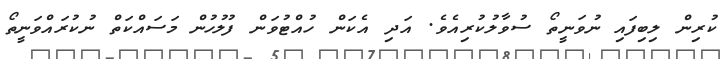
ކުރިން ލިބިފައި ނުވަނީތޯ ސުވާލުކުރިއެވެ. އަދި އެކަން ހުއްޓުވަން ފުލުހުން މަސައްކަތް ނުކުރައްވަނީތޯ